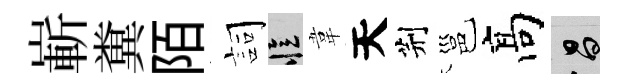
嶄糞陌詞忆韋天荆邕髙昌